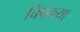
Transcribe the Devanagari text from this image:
चिपकया